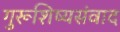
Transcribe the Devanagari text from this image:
गुरूशिष्यसंवाद